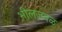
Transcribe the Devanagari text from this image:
भीलजवळ